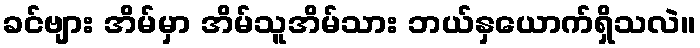
ခင်ဗျား အိမ်မှာ အိမ်သူအိမ်သား ဘယ်နှယောက်ရှိသလဲ။